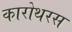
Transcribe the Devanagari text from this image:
कारोथरस